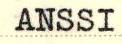
ANSSI